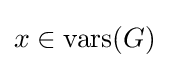
x\in {\text{vars}}(G)